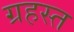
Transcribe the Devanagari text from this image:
ग्रहस्त